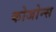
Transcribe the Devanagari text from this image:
कोजोन्स